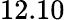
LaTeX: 12.10